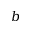
b